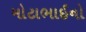
મોટાભાઈનો